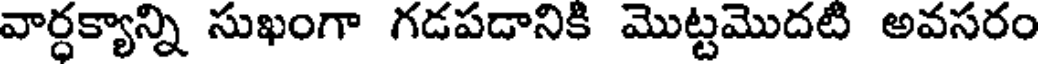
వార్ధక్యాన్ని సుఖంగా గడపడానికి మొట్టమొదటి అవసరం